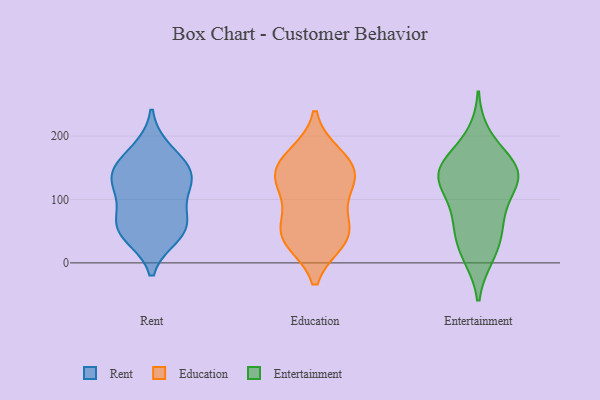
{"axis": {"x": "Website Visitors", "y": "Value"}, "legend": ["Education", "Entertainment", "Rent"], "data": [{"x": "", "y": 147, "type": "Rent"}, {"x": "", "y": 122, "type": "Rent"}, {"x": "", "y": 54, "type": "Rent"}, {"x": "", "y": 57, "type": "Rent"}, {"x": "", "y": 107, "type": "Rent"}, {"x": "", "y": 64, "type": "Rent"}, {"x": "", "y": 146, "type": "Rent"}, {"x": "", "y": 178, "type": "Rent"}, {"x": "", "y": 138, "type": "Rent"}, {"x": "", "y": 44, "type": "Rent"}, {"x": "", "y": 169, "type": "Education"}, {"x": "", "y": 100, "type": "Education"}, {"x": "", "y": 160, "type": "Education"}, {"x": "", "y": 36, "type": "Education"}, {"x": "", "y": 140, "type": "Education"}, {"x": "", "y": 49, "type": "Education"}, {"x": "", "y": 136, "type": "Education"}, {"x": "", "y": 39, "type": "Education"}, {"x": "", "y": 52, "type": "Education"}, {"x": "", "y": 129, "type": "Education"}, {"x": "", "y": 60, "type": "Entertainment"}, {"x": "", "y": 158, "type": "Entertainment"}, {"x": "", "y": 124, "type": "Entertainment"}, {"x": "", "y": 138, "type": "Entertainment"}, {"x": "", "y": 88, "type": "Entertainment"}, {"x": "", "y": 15, "type": "Entertainment"}, {"x": "", "y": 154, "type": "Entertainment"}, {"x": "", "y": 11, "type": "Entertainment"}, {"x": "", "y": 41, "type": "Entertainment"}, {"x": "", "y": 144, "type": "Entertainment"}, {"x": "", "y": 125, "type": "Entertainment"}, {"x": "", "y": 200, "type": "Entertainment"}, {"x": "", "y": 66, "type": "Entertainment"}, {"x": "", "y": 127, "type": "Entertainment"}, {"x": "", "y": 155, "type": "Entertainment"}]}